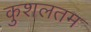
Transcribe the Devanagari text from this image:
कुशलतम